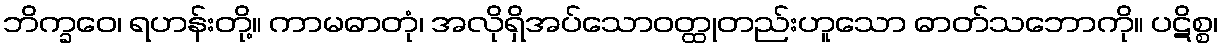
ဘိက္ခဝေ၊ ရဟန်းတို့။ ကာမဓာတုံ၊ အလိုရှိအပ်သောဝတ္ထုတည်းဟူသော ဓာတ်သဘောကို။ ပဋိစ္စ၊